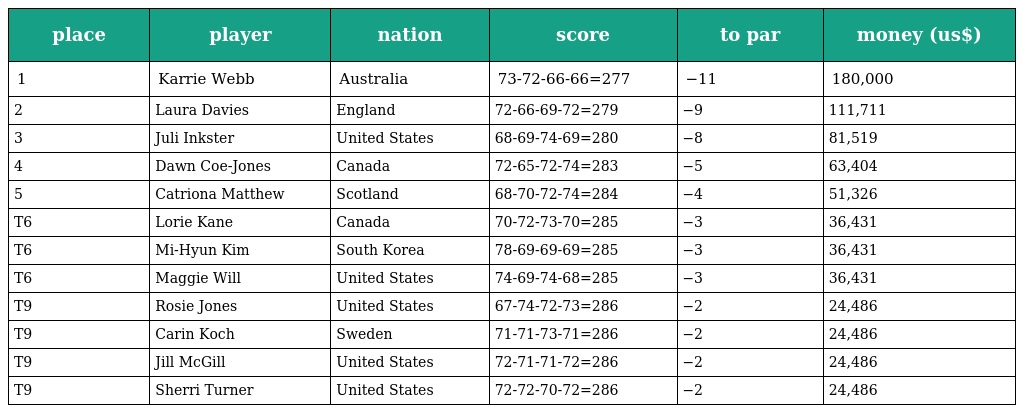
| place | player | nation | score | to par | money (us$) |
 | --- | --- | --- | --- | --- | --- |
 | 1 | Karrie Webb | Australia | 73-72-66-66=277 | −11 | 180,000 |
 | 2 | Laura Davies | England | 72-66-69-72=279 | −9 | 111,711 |
 | 3 | Juli Inkster | United States | 68-69-74-69=280 | −8 | 81,519 |
 | 4 | Dawn Coe-Jones | Canada | 72-65-72-74=283 | −5 | 63,404 |
 | 5 | Catriona Matthew | Scotland | 68-70-72-74=284 | −4 | 51,326 |
 | T6 | Lorie Kane | Canada | 70-72-73-70=285 | −3 | 36,431 |
 | T6 | Mi-Hyun Kim | South Korea | 78-69-69-69=285 | −3 | 36,431 |
 | T6 | Maggie Will | United States | 74-69-74-68=285 | −3 | 36,431 |
 | T9 | Rosie Jones | United States | 67-74-72-73=286 | −2 | 24,486 |
 | T9 | Carin Koch | Sweden | 71-71-73-71=286 | −2 | 24,486 |
 | T9 | Jill McGill | United States | 72-71-71-72=286 | −2 | 24,486 |
 | T9 | Sherri Turner | United States | 72-72-70-72=286 | −2 | 24,486 |